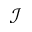
\mathcal { I }